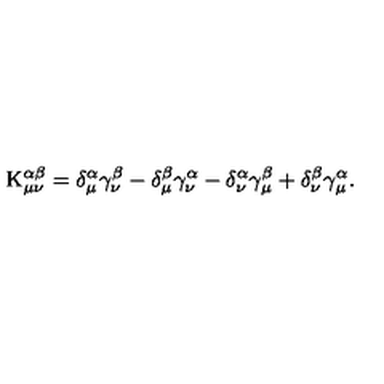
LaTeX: \mathrm { K } _ { \mu \nu } ^ { \alpha \beta } = \delta _ { \mu } ^ { \alpha } \gamma _ { \nu } ^ { \beta } - \delta _ { \mu } ^ { \beta } \gamma _ { \nu } ^ { \alpha } - \delta _ { \nu } ^ { \alpha } \gamma _ { \mu } ^ { \beta } + \delta _ { \nu } ^ { \beta } \gamma _ { \mu } ^ { \alpha } .